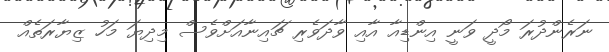
ނަރެންދުރަ މޯދީ ވަނީ އިންޑިއާ އާއި ވާދަވެރި ޗައިނާއަށްވެސް މިދިޔަ މަހު ޒިޔާރަތެއް